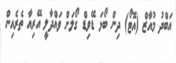
އަބްދު މުއާޒް (އޮޓޯ) ދިން ބޯޅަ ޑޭވިޑް ގޯލަށް ވައްދާލީ އޭރިއާ ތެރެއިން